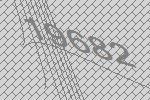
19682